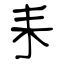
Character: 耒